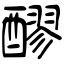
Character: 醪